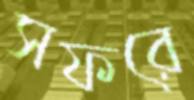
সফরে